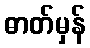
ဓာတ်မှန်